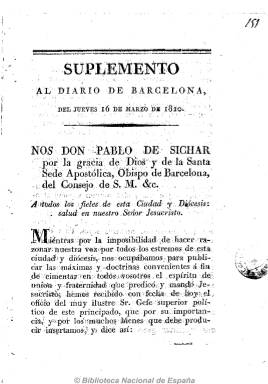
Título: Diario de Barcelona
Otros títulos: Título: Diario de Barcelona, de avisos y noticias, marzo 1839-
Colección: Periódicos anteriores a 1850
Ámbito geográfico: Barcelona
Lugar de publicación: Barcelona
Fechas: 16/03/1820-05/11/1822

Fundado el uno de octubre de 1792, es una de las primeras cabeceras diarias que empezaron a publicarse en España, a cuyo segundo editor, Antonio Brusi Mirabent (1775-1821), Fernando VII le renovó el privilegio de su publicación en junio de 1814, “en reconocimiento a sus muchos e inapreciables méritos”, en palabras de Gómez Aparicio, que había obtenido al poner su imprenta móvil durante la guerra de la independencia al servicio de las juntas patrióticas, tanto en Baleares como en Cataluña, y en contra de los derechos del fundador del diario, el afrancesado Pedro Pablo Husson. En 1816, en plena represión de la libertad de imprenta en el primer sexenio absolutista fernandino, Brusi también llega a obtener la “exclusividad” en la edición de prensa en Barcelona, y a partir del 11 de marzo de 1820, tras la jura de la Constitución por el Rey, el diario adoptará carácter oficial que le otorgan las nuevas autoridades liberales.

Los escasos números de este título de la colección histórica de la Biblioteca Nacional de España corresponden al Trienio Liberal. Subtitulado “de avisos y noticias”, con el escudo de la ciudad estampado en su cabecera, durante este periodo constitucional tendrá que competir con otros títulos que nacen al amparo de la restablecida libertad de imprenta, y será un diario que comienza cada número con el santoral y las anotaciones astronómicas, para a continuación ofrecer noticias económicas de España,. extractos de los acontecimientos políticos sacados de otros periódicos, noticias particulares de Barcelona, como el movimiento portuario de buques y fletes, los precios de los productos agrarios y alimentarios, avisos, artículos comunicados, proclamas, decretos y disposiciones del Ayuntamiento Constitucional de Barcelona y de la junta superior, cartas, composiciones en verso, etc.

Su carácter más noticioso que político será de un marcado moderantismo. Cuando el fundador de la casa Brusi fallezca a finales de octubre de 1821 como víctima de la epidemia de fiebre amarilla desatada en la ciudad, le sucederá en la dirección y redacción del diario su yerno, Pablo Soler Mestres, un recalcitrante conservador, en palabras del historiador Vicens Vives, que llegará a alcanzar la alcaldía de la ciudad, hasta que al final de los años treinta le suceda su hijo, Antonio Brusi Ferrer (1815-1878), que será también el primer marqués de Casa Brusi.

Como decano de la prensa española, Diario de Barcelona, también conocido como el Brusi, continuará publicándose hasta finales del siglo XX, adoptando el título de Diari de Barcelona, hasta su desaparición el 29 de abril de 1993.